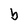
Character: b